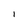
Character: i